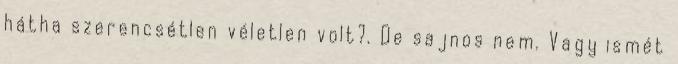
hátha szerencsétlen véletlen volt?. De sajnos nem. Vagy ismét